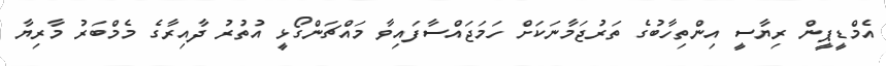
އެމްޑީޕީން ރިޔާސީ އިންތިހާބުގެ ތަރުޖަމާނަކަށް ހަމަޖައްސާފައިވާ މައްޗަންގޯޅީ އުތުރު ދާއިރާގެ މެމްބަރު މާރިޔާ